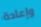
وإعادة